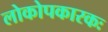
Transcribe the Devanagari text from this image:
लोकोपकारकः